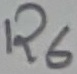
Text: R6